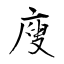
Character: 廋